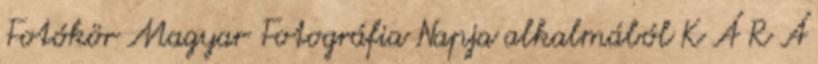
Fotókör Magyar Fotográfia Napja alkalmából K Á R Á